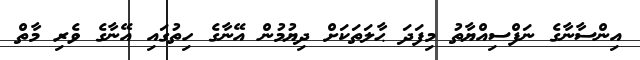
އިންސާނާގެ ނަފްސިއްޔާތު މިފަދަ ޙާލަތަކަށް ދިޔުމުން އޭނާގެ ހިތުގައި އޭނާގެ ވެރި މާތް